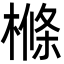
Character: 樤